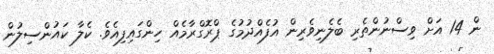
ން 14 އަށް ވިސްނުންތެރި ބެލެނިވެރިން އުފެއްދުމުގެ ޕްރޮގްރާމެއް ހިންގައިފިއެވެ. ކެލާ ކައުންސިލުން